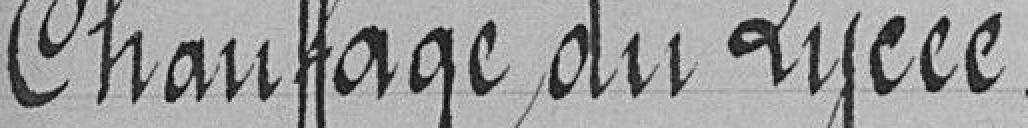
Chauffage du Lycée